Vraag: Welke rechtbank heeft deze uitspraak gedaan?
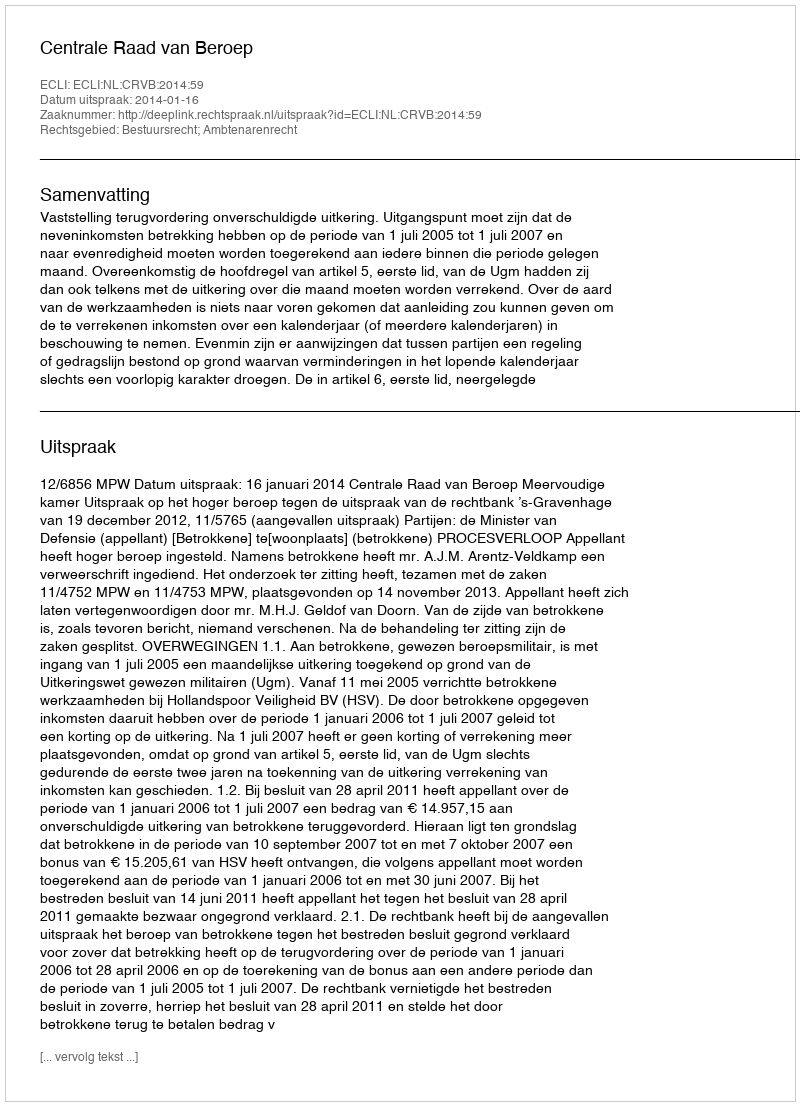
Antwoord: Centrale Raad van Beroep